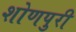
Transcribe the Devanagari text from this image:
शोणपुरी